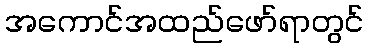
အကောင်အထည်ဖော်ရာတွင်